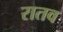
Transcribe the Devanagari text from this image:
रातव